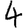
Digit: 4